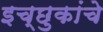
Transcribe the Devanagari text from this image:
इच्छुकांचे